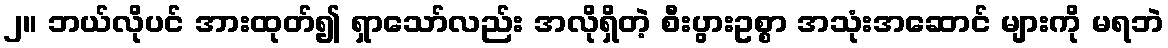
၂။ ဘယ်လိုပင် အားထုတ်၍ ရှာသော်လည်း အလိုရှိတဲ့ စီးပွားဥစ္စာ အသုံးအဆောင် များကို မရဘဲ